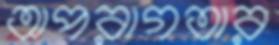
অপরাগতার